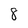
Character: 8